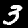
Digit: 3